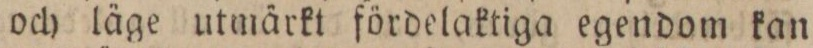
och läge utmärkt fördelaktiga egendom kan